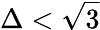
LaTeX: \Delta<\sqrt{3}